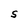
Character: S